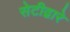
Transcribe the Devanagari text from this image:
सेटीद्वारे